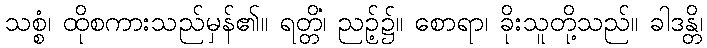
သစ္စံ၊ ထိုစကားသည်မှန်၏။ ရတ္တိံ၊ ညဉ့်၌။ စောရာ၊ ခိုးသူတို့သည်။ ခါဒန္တိ၊